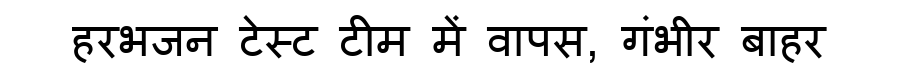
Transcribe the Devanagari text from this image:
हरभजन टेस्ट टीम में वापस, गंभीर बाहर